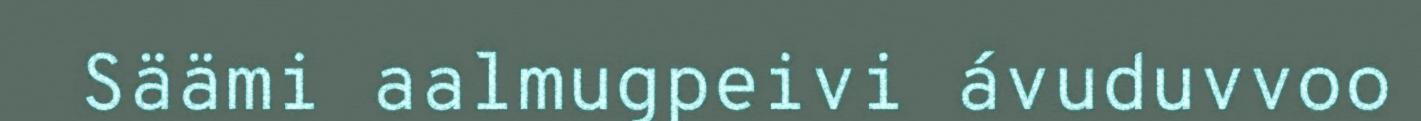
Säämi aalmugpeivi ávuduvvoo